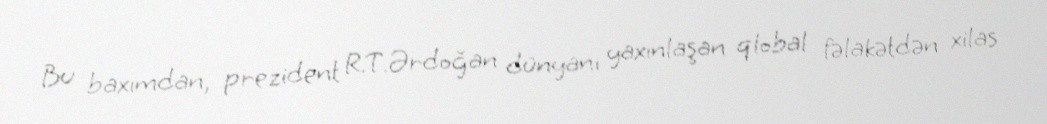
Bu baxımdan, prezident R.T.Ərdoğan dünyanı yaxınlaşan qlobal fəlakətdən xilas